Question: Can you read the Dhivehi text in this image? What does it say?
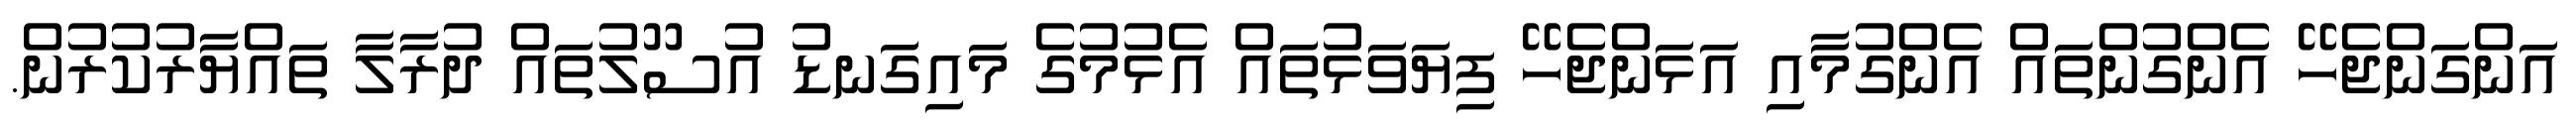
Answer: އަންގަންޖެހޭ އެންގުންތައް އެންގުމާއި އަޅަންޖެހޭ ފިޔަވަޅުތައް އެޅުމުގެ މައިގަނޑު އުސޫލުތައް ދުރާލާ ތައްޔާރުކުރުން.